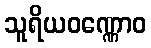
သူရိယဝဏ္ဏောဝ